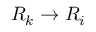
R _ { k } \to R _ { i }